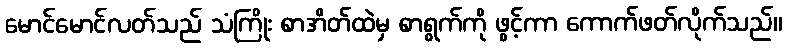
မောင်မောင်လတ်သည် သံကြိုး စာအိတ်ထဲမှ စာရွက်ကို ဖွင့်ကာ ကောက်ဖတ်လိုက်သည်။